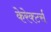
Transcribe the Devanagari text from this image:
केरेक्टर्स